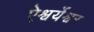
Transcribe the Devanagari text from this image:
ऐश्वर्येश्वर